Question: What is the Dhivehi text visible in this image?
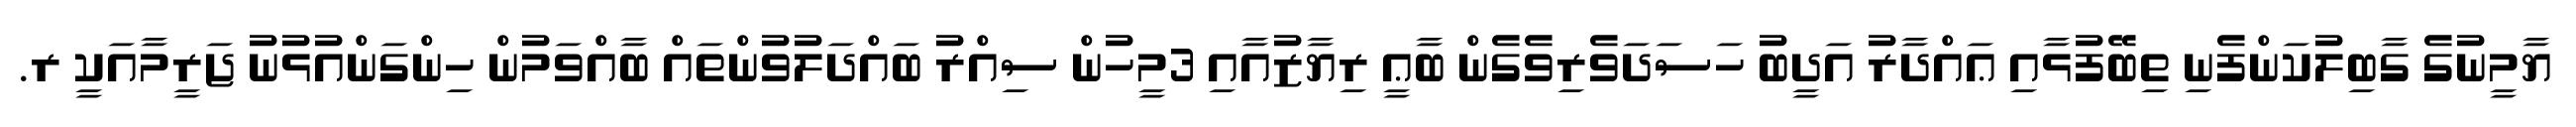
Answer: ޔާމީނުގެ ގާބިލުކަންފެނި ތިބޭފުޅާއި ޢައްދާރު އަދީބު ހަސަދަވެރިވެގެން ބާޢީ ރިޔާޒުއާއި 3މީހުން ސިއްރު ބައްދަލުވުންތައް ބާއްވަމުން ހިންގަންއުޅުނު ޖަރީމާއަކީ ރ.